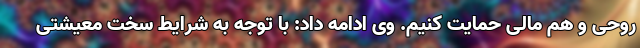
روحی و هم مالی حمایت کنیم. وی ادامه داد: با توجه به شرایط سخت معیشتی